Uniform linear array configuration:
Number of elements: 4
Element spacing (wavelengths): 1
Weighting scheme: hann
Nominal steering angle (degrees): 15
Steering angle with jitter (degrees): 16.734
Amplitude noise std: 0.05
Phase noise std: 0.05

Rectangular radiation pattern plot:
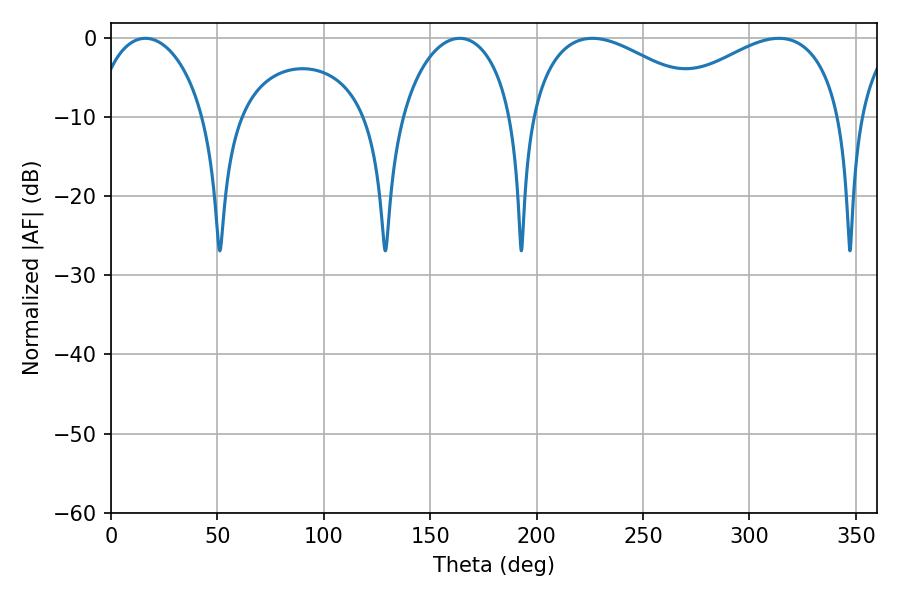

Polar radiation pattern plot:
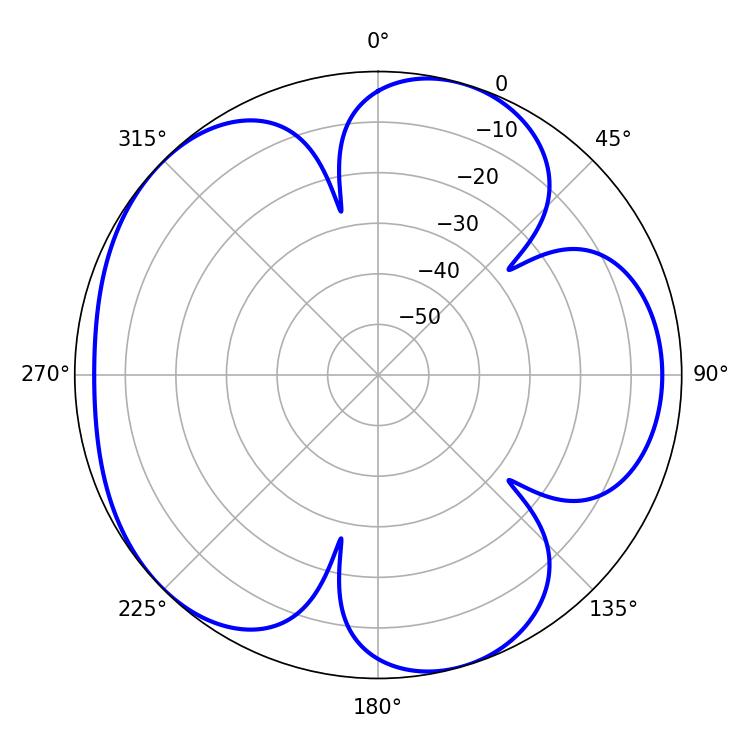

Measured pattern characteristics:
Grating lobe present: TRUE
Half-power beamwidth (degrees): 30.24
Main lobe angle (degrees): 16.2